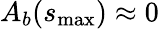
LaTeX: A_{b}(s_{\operatorname*{max}})\approx 0